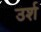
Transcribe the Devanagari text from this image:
उर्श